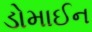
ડોમાઈન